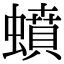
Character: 蟦